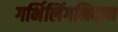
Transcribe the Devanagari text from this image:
गर्भिलिंगनिदान